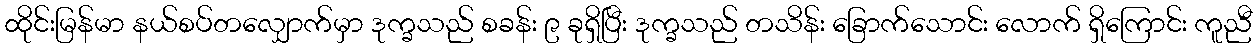
ထိုင်းမြန်မာ နယ်စပ်တလျှောက်မှာ ဒုက္ခသည် စခန်း ၉ ခုရှိပြီး ဒုက္ခသည် တသိန်း ခြောက်သောင်း လောက် ရှိကြောင်း ကူညီ